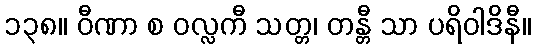
၁၃၈။ ဝီဏာ စ ဝလ္လကီ သတ္တ၊ တန္တီ သာ ပရိဝါဒိနီ။